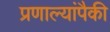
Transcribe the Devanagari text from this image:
प्रणाल्यांपैकी